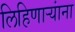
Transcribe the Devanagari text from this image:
लिहिणार्‍यांना